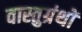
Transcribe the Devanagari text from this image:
वास्तुग्रंथों